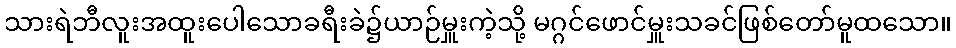
သားရဲဘီလူးအထူးပေါသောခရီးခဲ၌ယာဉ်မှူးကဲ့သို့ မဂ္ဂင်ဖောင်မှူးသခင်ဖြစ်တော်မူထသော။